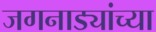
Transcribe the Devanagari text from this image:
जगनाड्यांच्या